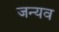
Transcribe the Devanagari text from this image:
जन्यव